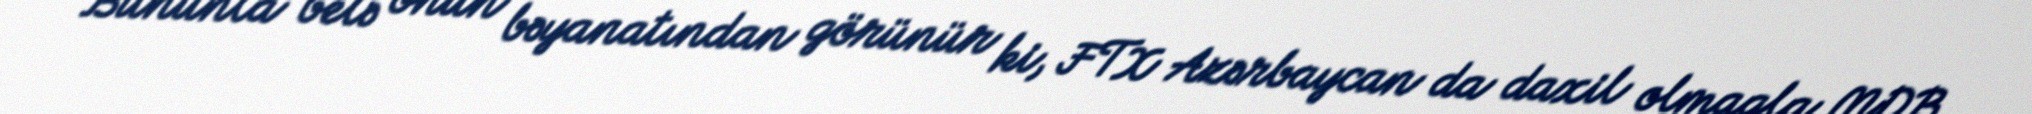
Bununla belə onun bəyanatından görünür ki, FTX Azərbaycan da daxil olmaqla MDB